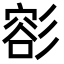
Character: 彮